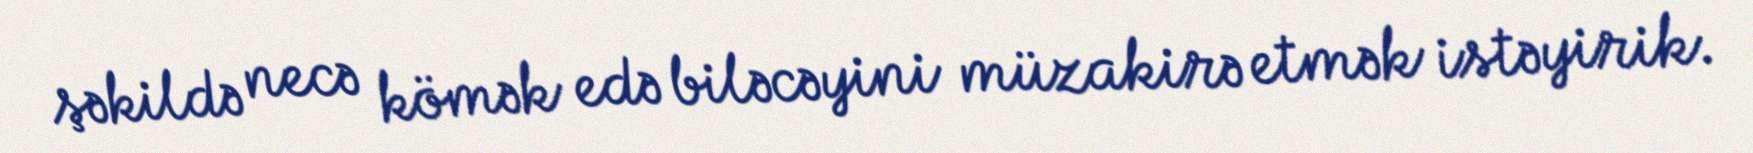
şəkildə necə kömək edə biləcəyini müzakirə etmək istəyirik.